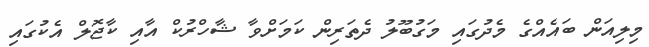
މިލިއަން ބައެއްގެ މެދުގައި މަގުބޫލު ދެތަރިން ކަމަށްވާ ޝާހްރުކް އާއި ކާޖޮލް އެކުގައި